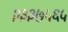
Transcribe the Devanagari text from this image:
२३३७५६५